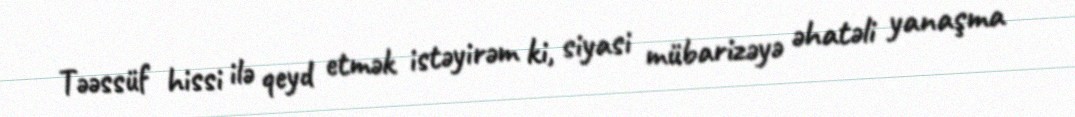
Təəssüf hissi ilə qeyd etmək istəyirəm ki, siyasi mübarizəyə əhatəli yanaşma